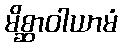
မိစ္ဆာဝါယာမံ